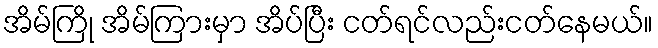
အိမ်ကြို အိမ်ကြားမှာ အိပ်ပြီး ငတ်ရင်လည်းငတ်နေမယ်။